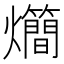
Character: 𤓃